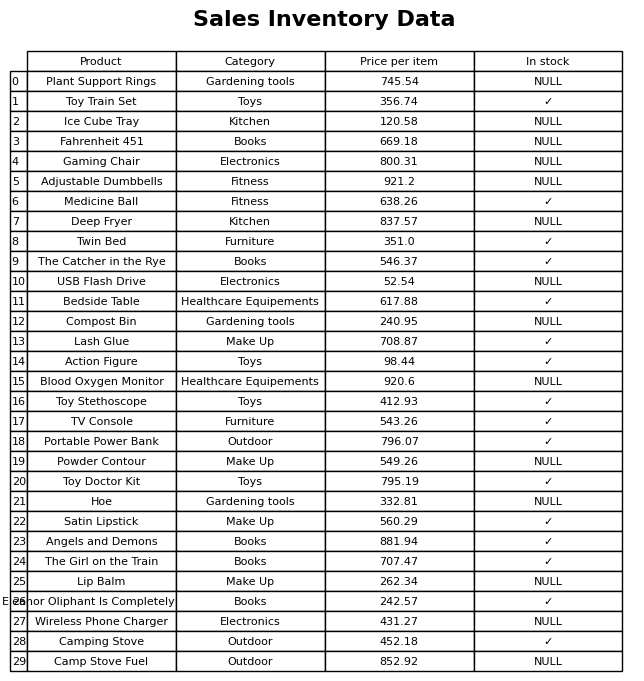
question: Which products are available in stock?
answer: Toy Train Set, Medicine Ball, Twin Bed, The Catcher in the Rye, Bedside Table, Lash Glue, Action Figure, Toy Stethoscope, TV Console, Portable Power Bank, Toy Doctor Kit, Satin Lipstick, Angels and Demons, The Girl on the Train, Eleanor Oliphant Is Completely Fine, Camping Stove